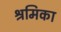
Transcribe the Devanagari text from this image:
श्रमिका